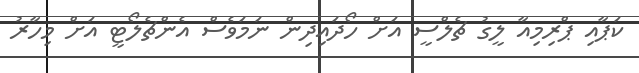
ކަޕާއި ޕްރިމިއާ ލީގު ޗެލްސީ އަށް ހޯދައިދިން ނަމަވެސް އެންޗެލޯޓީ އަށް މިހާރު